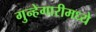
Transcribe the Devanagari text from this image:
गुन्हेगारीमध्ये